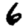
Digit: 6